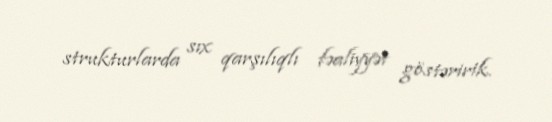
strukturlarda sıx qarşılıqlı fəaliyyət göstəririk.